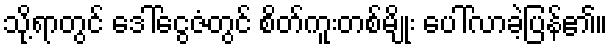
သို့ရာတွင် ဒေါ်ငွေဇံတွင် စိတ်ကူးတစ်မျိုး ပေါ်လာခဲ့ပြန်၏။